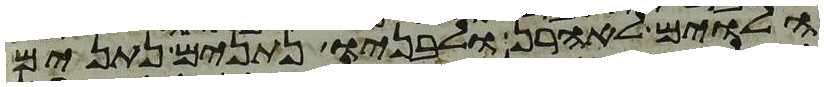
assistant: הלוים לאהרן ולבניו נתנים נתנים